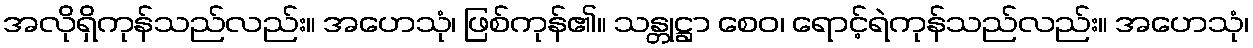
အလိုရှိကုန်သည်လည်း။ အဟေသုံ၊ ဖြစ်ကုန်၏။ သန္တုဋ္ဌာ စေဝ၊ ရောင့်ရဲကုန်သည်လည်း။ အဟေသုံ၊